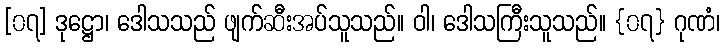
[၀၇] ဒုဋ္ဌော၊ ဒေါသသည် ဖျက်ဆီးအပ်သူသည်။ ဝါ၊ ဒေါသကြီးသူသည်။ {၀၇} ဂုဏံ၊